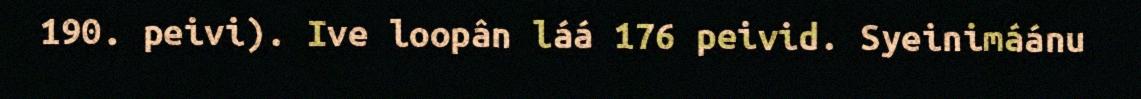
190. peivi). Ive loopân láá 176 peivid. Syeinimáánu